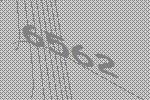
6562